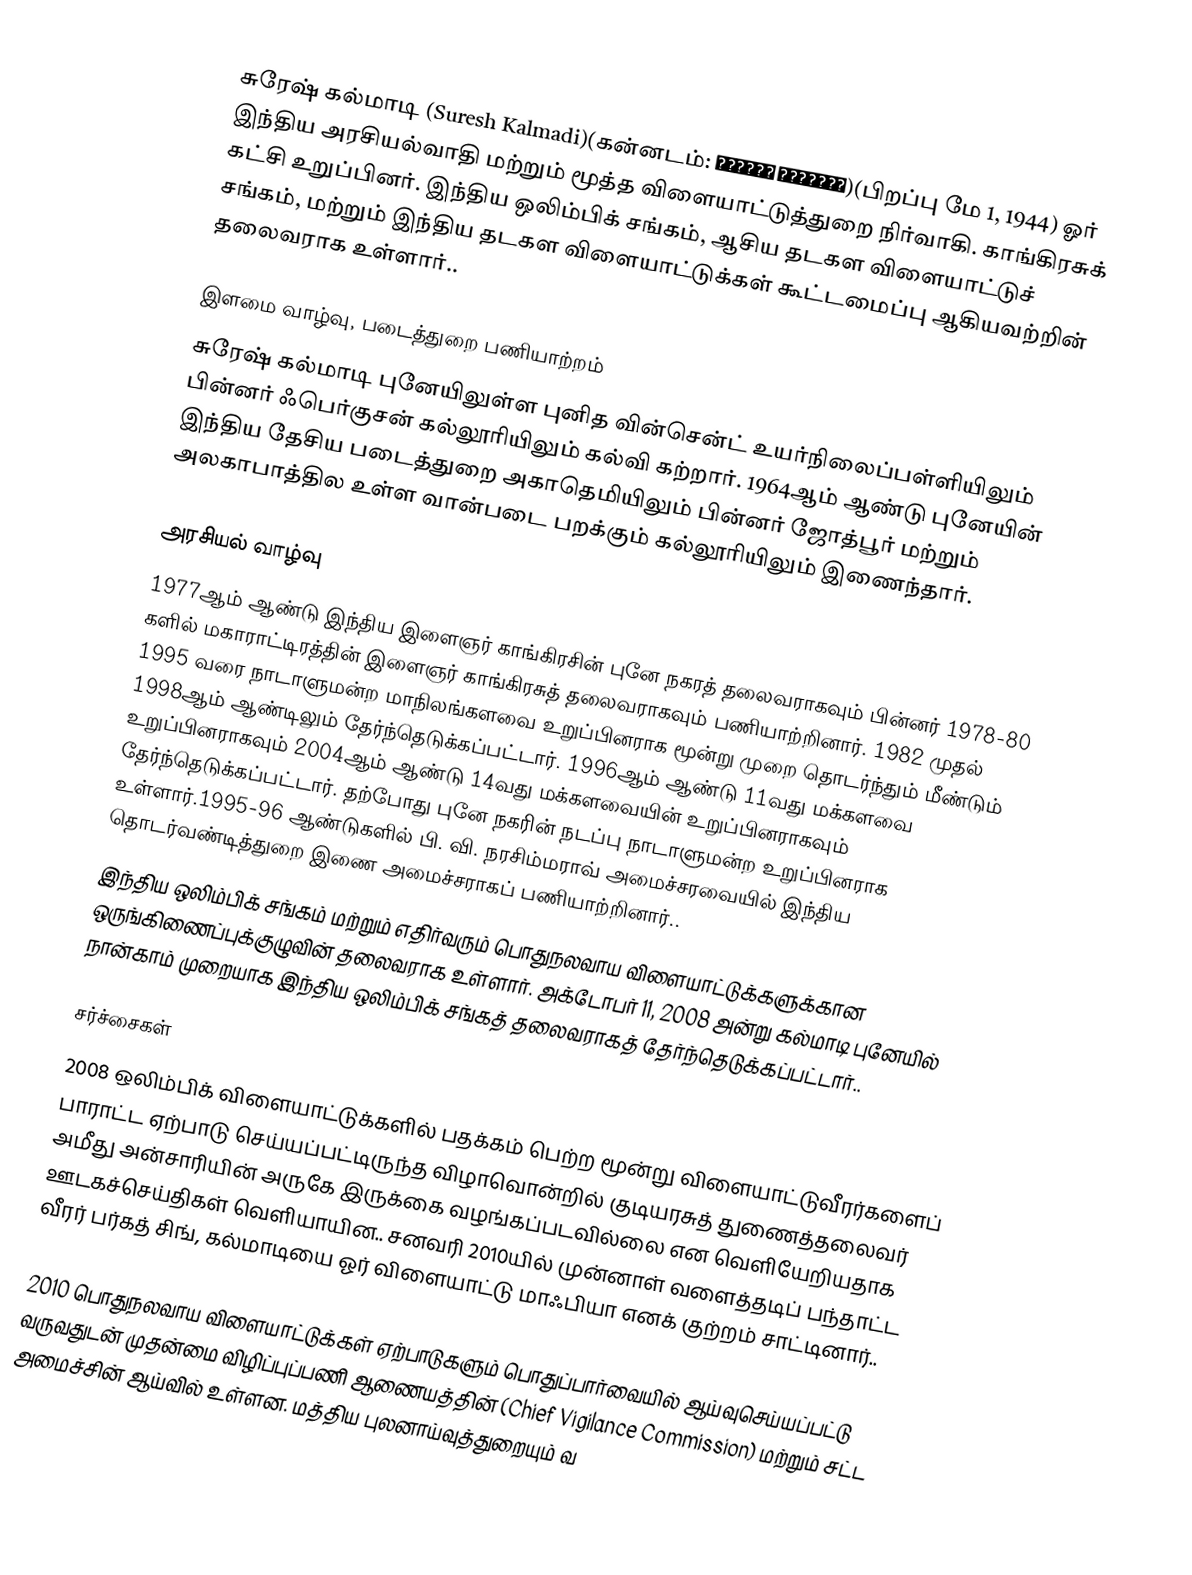
சுரேஷ் கல்மாடி  (Suresh Kalmadi)(கன்னடம்: ಸುರೇಶ್ ಕಲ್ಮಾಡಿ)(பிறப்பு மே 1, 1944) ஓர் இந்திய அரசியல்வாதி மற்றும் மூத்த விளையாட்டுத்துறை நிர்வாகி.  காங்கிரசுக் கட்சி உறுப்பினர். இந்திய ஒலிம்பிக் சங்கம், ஆசிய தடகள விளையாட்டுச் சங்கம், மற்றும் இந்திய தடகள விளையாட்டுக்கள் கூட்டமைப்பு ஆகியவற்றின் தலைவராக உள்ளார்..

இளமை வாழ்வு, படைத்துறை பணியாற்றம்
சுரேஷ் கல்மாடி புனேயிலுள்ள புனித வின்சென்ட் உயர்நிலைப்பள்ளியிலும் பின்னர் ஃபெர்குசன் கல்லூரியிலும் கல்வி கற்றார். 1964ஆம் ஆண்டு புனேயின் இந்திய தேசிய படைத்துறை அகாதெமியிலும் பின்னர் ஜோத்பூர் மற்றும் அலகாபாத்தில உள்ள வான்படை பறக்கும் கல்லூரியிலும் இணைந்தார்.

அரசியல் வாழ்வு
1977ஆம் ஆண்டு இந்திய இளைஞர் காங்கிரசின் புனே நகரத் தலைவராகவும் பின்னர் 1978-80 களில் மகாராட்டிரத்தின் இளைஞர் காங்கிரசுத் தலைவராகவும் பணியாற்றினார்.  1982 முதல் 1995 வரை நாடாளுமன்ற மாநிலங்களவை உறுப்பினராக மூன்று முறை தொடர்ந்தும் மீண்டும் 1998ஆம் ஆண்டிலும் தேர்ந்தெடுக்கப்பட்டார். 1996ஆம் ஆண்டு 11வது மக்களவை உறுப்பினராகவும் 2004ஆம் ஆண்டு 14வது மக்களவையின் உறுப்பினராகவும் தேர்ந்தெடுக்கப்பட்டார். தற்போது புனே நகரின் நடப்பு நாடாளுமன்ற உறுப்பினராக உள்ளார்.1995-96 ஆண்டுகளில் பி. வி. நரசிம்மராவ் அமைச்சரவையில் இந்திய தொடர்வண்டித்துறை இணை அமைச்சராகப் பணியாற்றினார்..
இந்திய ஒலிம்பிக் சங்கம் மற்றும் எதிர்வரும் பொதுநலவாய விளையாட்டுக்களுக்கான  ஒருங்கிணைப்புக்குழுவின் தலைவராக உள்ளார். அக்டோபர் 11, 2008 அன்று கல்மாடி புனேயில் நான்காம் முறையாக இந்திய ஒலிம்பிக் சங்கத் தலைவராகத் தேர்ந்தெடுக்கப்பட்டார்..

சர்ச்சைகள்
2008 ஒலிம்பிக் விளையாட்டுக்களில் பதக்கம் பெற்ற மூன்று விளையாட்டுவீரர்களைப் பாராட்ட ஏற்பாடு செய்யப்பட்டிருந்த விழாவொன்றில் குடியரசுத் துணைத்தலைவர் அமீது அன்சாரியின் அருகே இருக்கை வழங்கப்படவில்லை என வெளியேறியதாக ஊடகச்செய்திகள் வெளியாயின.. சனவரி 2010யில் முன்னாள் வளைத்தடிப் பந்தாட்ட வீரர் பர்கத் சிங், கல்மாடியை ஓர் விளையாட்டு மாஃபியா எனக் குற்றம் சாட்டினார்..

2010 பொதுநலவாய விளையாட்டுக்கள் ஏற்பாடுகளும் பொதுப்பார்வையில் ஆய்வுசெய்யப்பட்டு வருவதுடன் முதன்மை விழிப்புப்பணி ஆணையத்தின் (Chief Vigilance Commission) மற்றும் சட்ட அமைச்சின் ஆய்வில் உள்ளன. மத்திய புலனாய்வுத்துறையும் வ